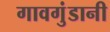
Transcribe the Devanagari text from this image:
गावगुंडानी